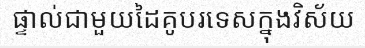
ផ្ទាល់ជាមួយដៃគូបរទេសក្នុងវិស័យ